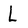
Character: L